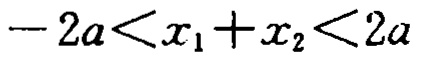
\(-2a<x_{1}+x_{2}<2a\)